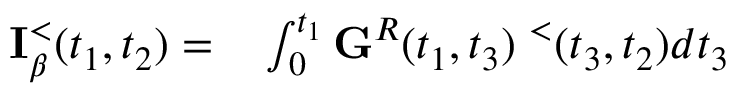
\begin{array} { r l } { { \bf I } _ { \beta } ^ { < } ( t _ { 1 } , t _ { 2 } ) = } & { { } \int _ { 0 } ^ { t _ { 1 } } { \bf G } ^ { R } ( t _ { 1 } , t _ { 3 } ) { \bf \Sigma } ^ { < } ( t _ { 3 } , t _ { 2 } ) d t _ { 3 } } \end{array}